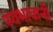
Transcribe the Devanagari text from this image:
स्वभावानी